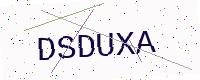
Text: DSDUXA